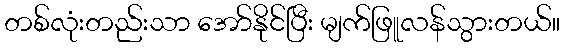
တစ်လုံးတည်းသာ အော်နိုင်ပြီး မျက်ဖြူလန်သွားတယ်။